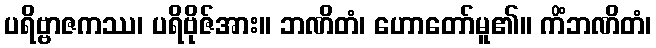
ပရိဗ္ဗာဇကဿ၊ ပရိဗိုဇ်အား။ ဘဏိတံ၊ ဟောတော်မူ၏။ ကိံဘဏိတံ၊